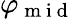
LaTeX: \varphi_{\mathrm{~m~i~d~}}